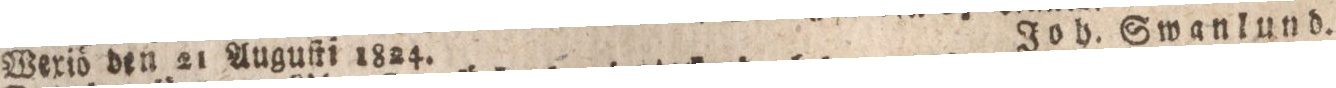
Wexiö den 21 Auguſti 1824.    Joh. Swanlund.